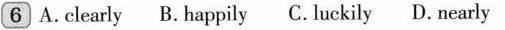
6 A.clearly B. happily C. luckily D. nearly